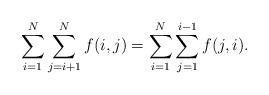
LaTeX: \begin{align*}\sum_{i=1}^{N}\sum_{j=i+1}^{N}f(i,j)=\sum_{i=1}^{N}\sum_{j=1}^{i-1}f(j,i).\end{align*}